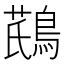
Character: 𪂛